Eesti_Ajutise_Maavalitsuse_haridusosakond, lk 55
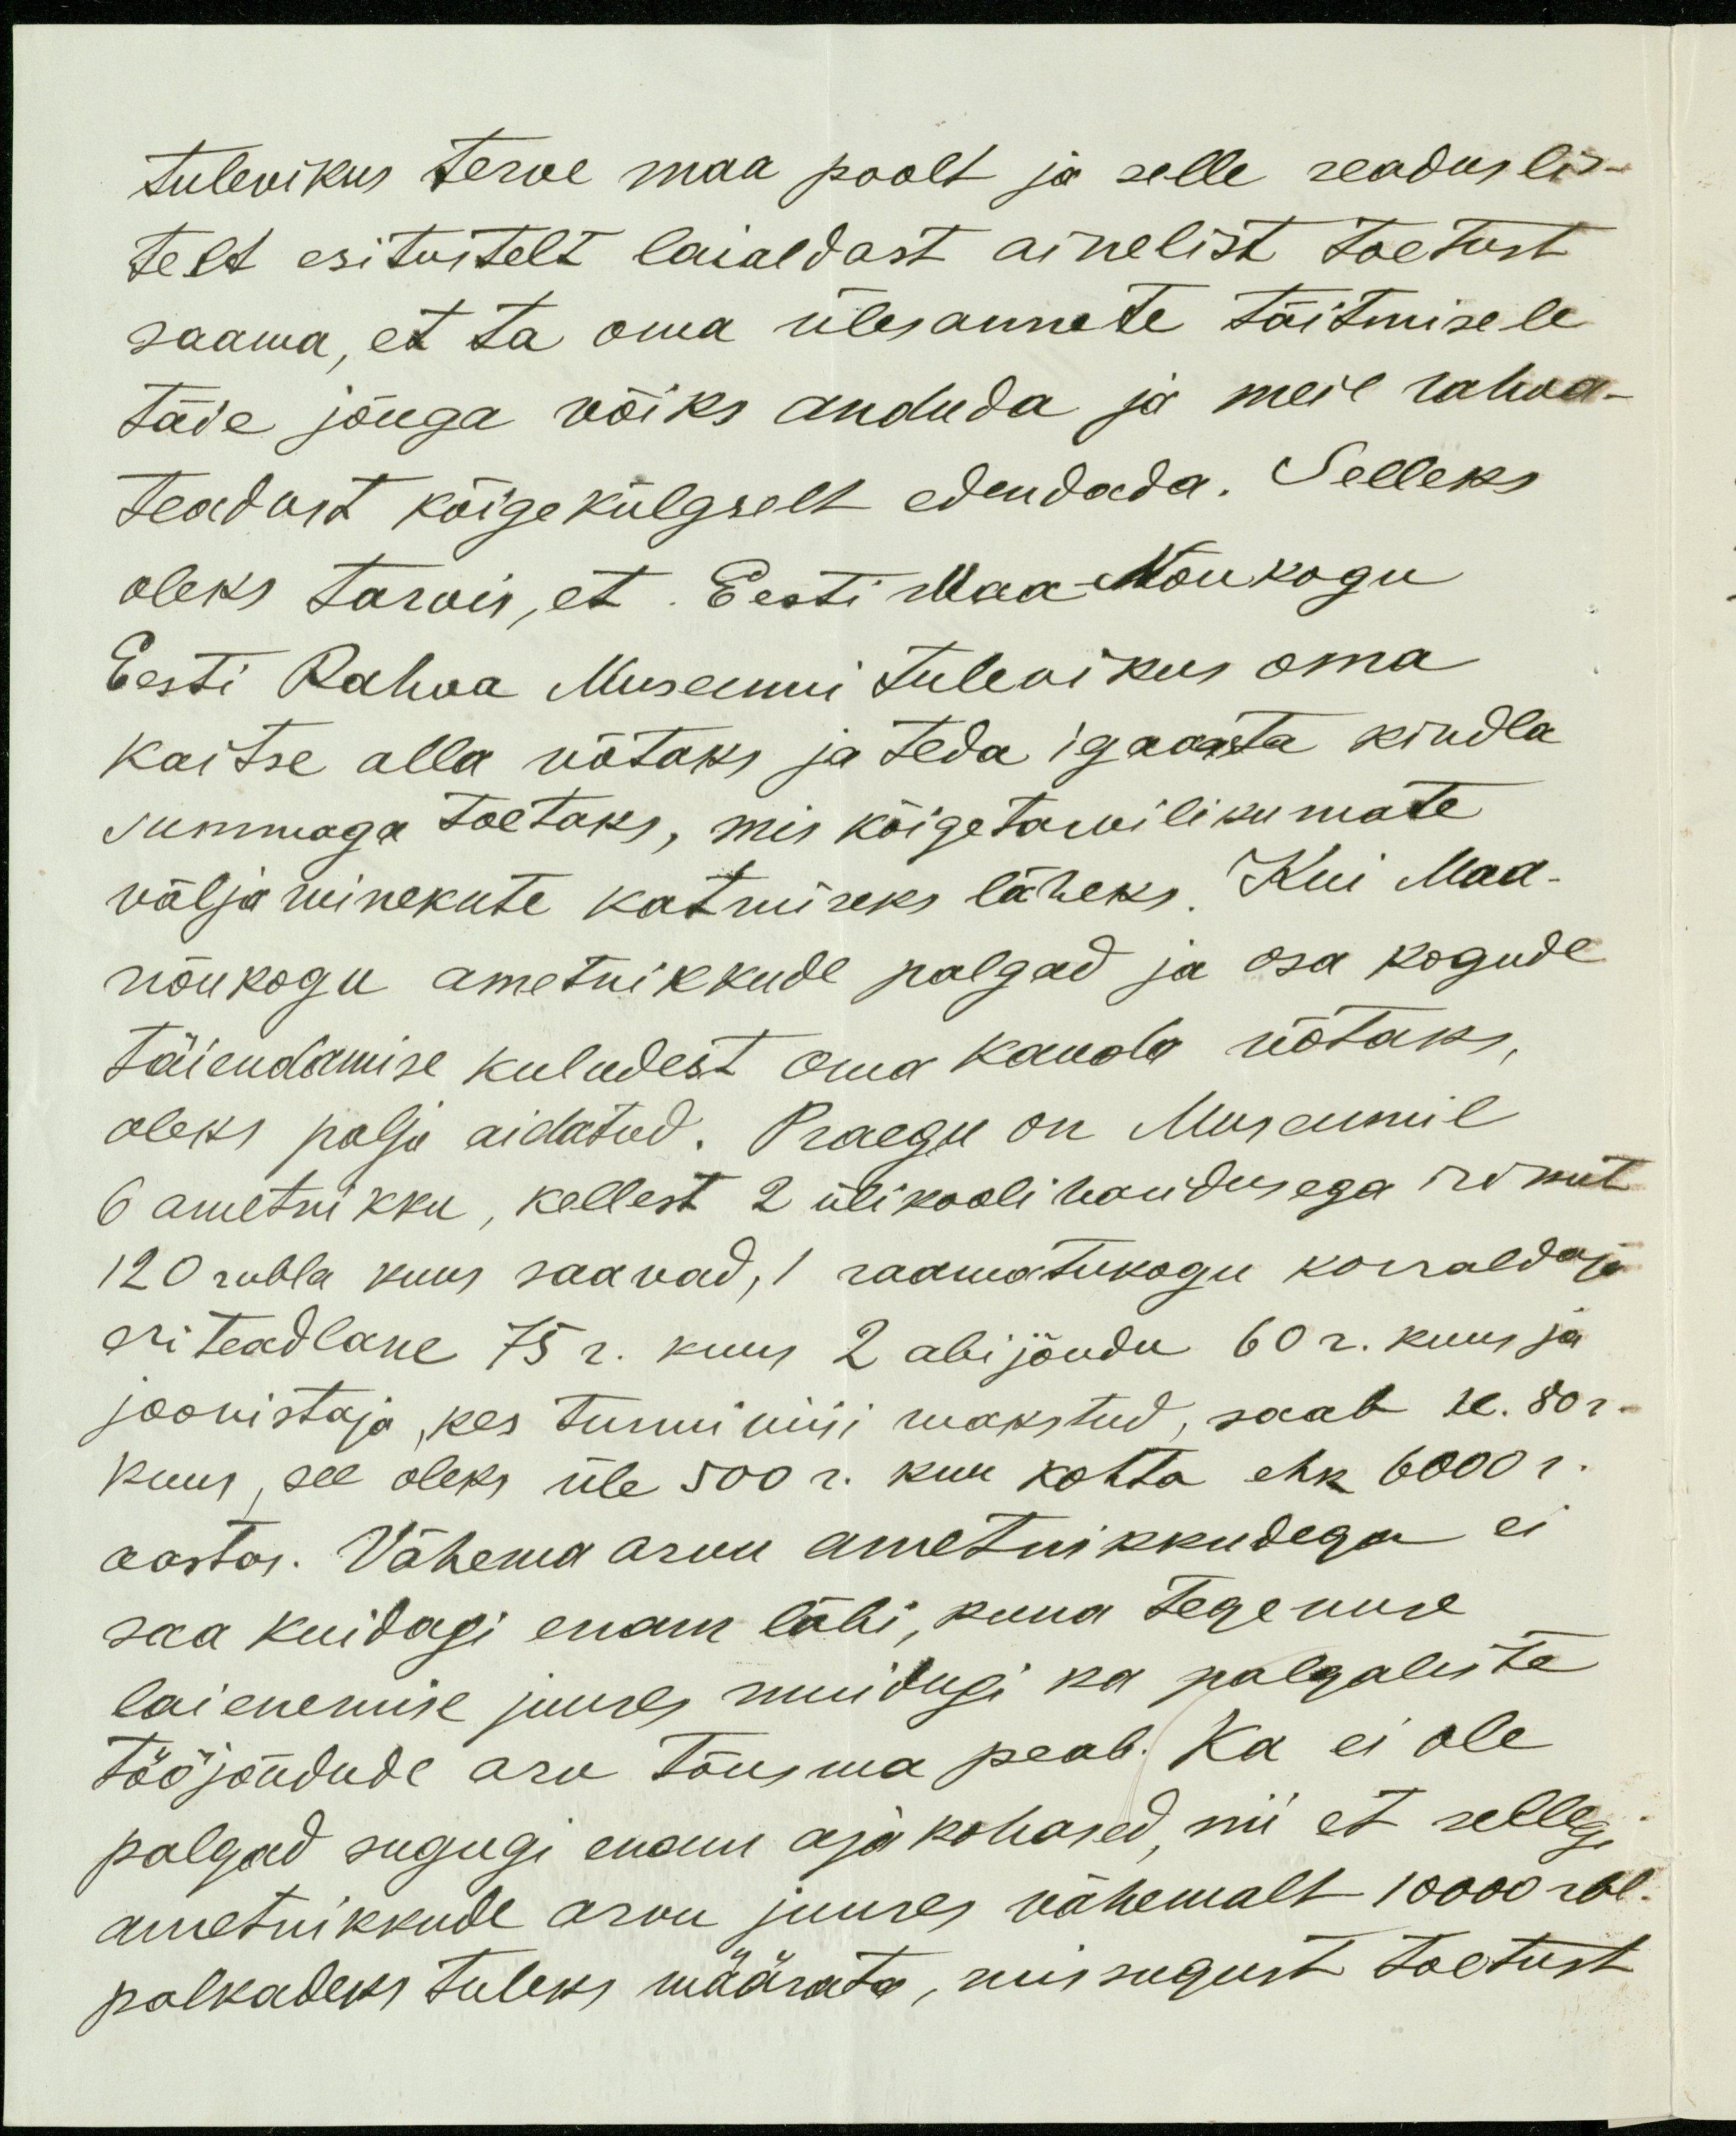
tulevikus terve maa poolt ja selle seaduslis-
telt esitustelt laialdast ainelist toetust.
saama, et ta oma ülesannete täitmisele
täie jõuga võiks anduda ja meil rahva-
teadust kõigekülgselt edendada. Selleks
oleks tarvis, et Eesti Maa Nõukogu
Eesti Rahva Museumi tulevikus oma
kaitse alla võtaks ja teda igaasta kindla
summaga toetaks, mis kõigetarvilikumate
väljaminekute katmiseks läheks. Kui Maa-
nõukogu ametnikkude palgad ja osa kogude
täiendamise kuludest oma kanda võtaks,
oleks palju aidatud. Praegu on Museumil
6 ametnikku, kellest 2 ülikooli haridusega renut
120 rubla kuus saavad, 1 raamatukogu korraldaja
eri teadlane 75 r. kuus 2 abijõudu 60 r. kuus ja
joonistaja, kes tunni viisi makstud, saab se. 80 r.
kuus, see oleks üle 500 r. kuu kohta ehk 6000 r.
aastas. Vähema arvu ametnikkudega ei
saa kuidagi enam läbi, kuna tegemise
laienemise juures muidugi ka palgalise
tööjõudude arv tõusma peab. Ka ei ole
palgad sugugi enam ajakohased nii et sellegi
ametnikkude arvu juures vähemalt 10000 rbl.
palkadeks tuleks määrata, missugust toetust